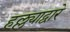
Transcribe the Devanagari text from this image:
हल्ल्याद्वारे